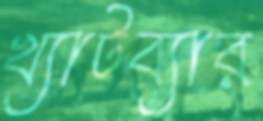
খ্যাটব্যার